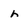
Character: h